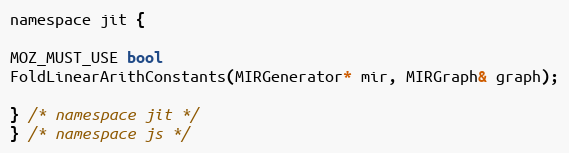
Language: C
namespace jit {

MOZ_MUST_USE bool
FoldLinearArithConstants(MIRGenerator* mir, MIRGraph& graph);

} /* namespace jit */
} /* namespace js */